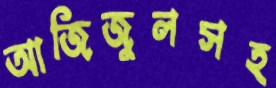
আজিজুলসহ